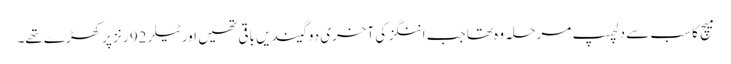
میچ کا سب سے دلچسپ مرحلہ وہ تھا جب اننگز کی آخری دو گیندیں باقی تھیں اور ٹیلر 92 رنز پر کھڑے تھے۔